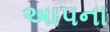
અાપના